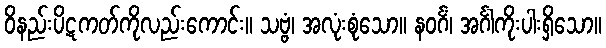
ဝိနည်းပိဋကတ်ကိုလည်းကောင်း။ သဗ္ဗံ၊ အလုံးစုံသော။ နဝင်္ဂံ၊ အင်္ဂါကိုးပါးရှိသော။